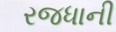
રજધાની